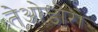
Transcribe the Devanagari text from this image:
तेओडोरो